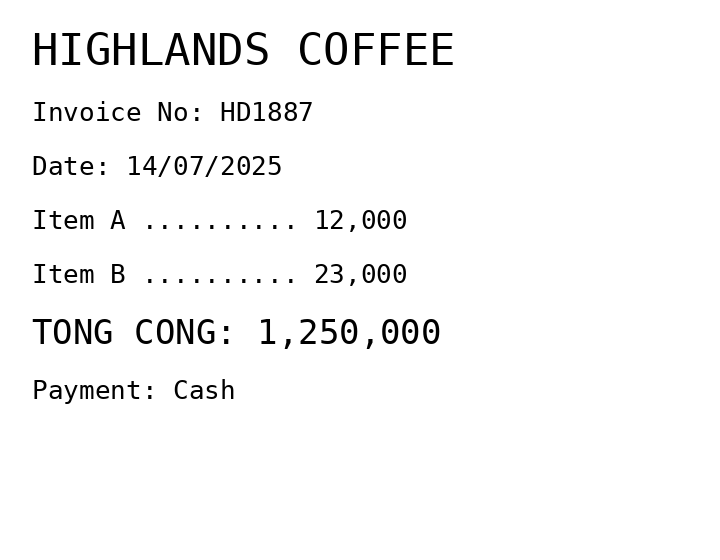
HIGHLANDS COFFEE
Invoice No: HD1887
Date: 14/07/2025
Item A .......... 12,000
Item B .......... 23,000
TONG CONG: 1,250,000
Payment: Cash
Merchant: highlands coffee
Date: 2025-07-14
Total: 1250000
Invoice No: HD1887
Payment method: CASH